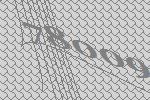
78009